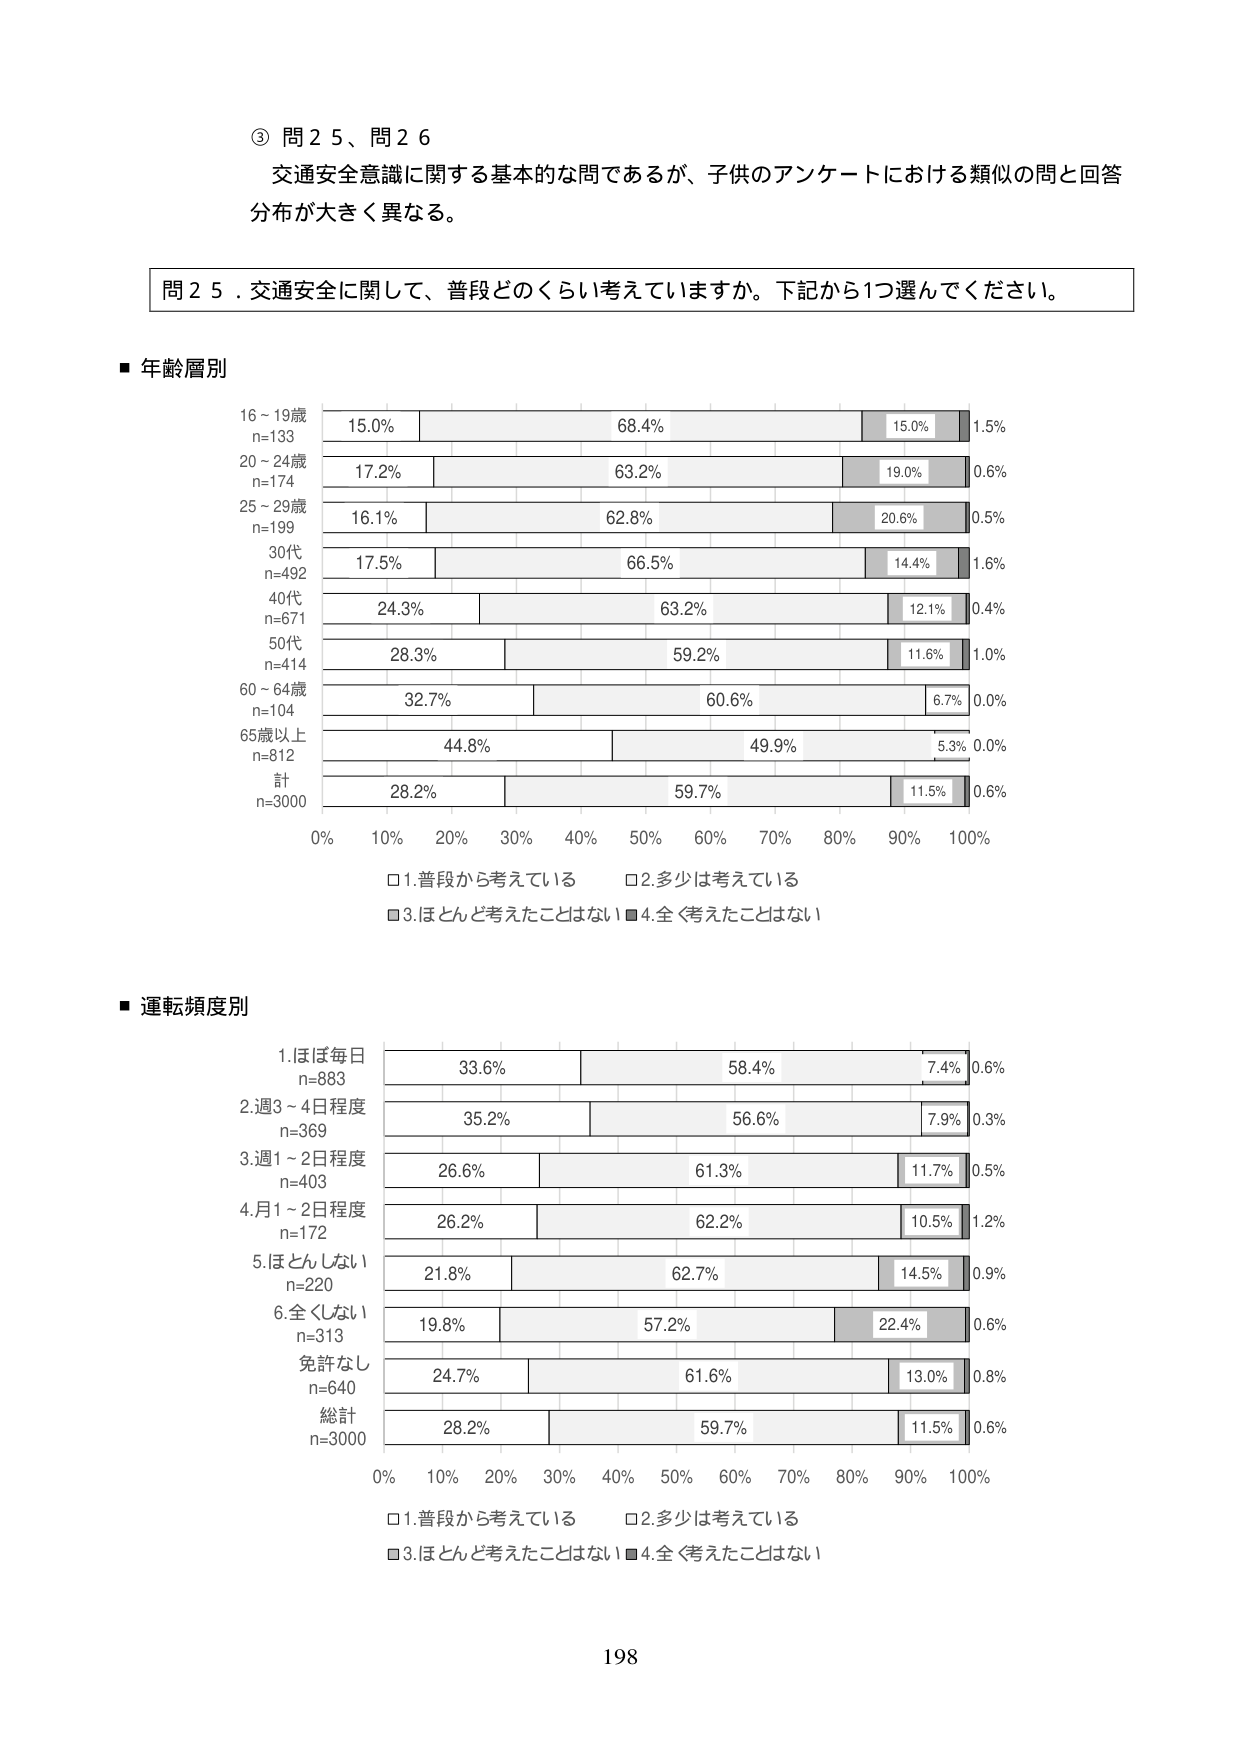
③ 問２５、問２６
交通安全意識に関する基本的な問であるが、子供のアンケートにおける類似の問と回答分布が大きく異なる。

問２５．交通安全に関して、普段どのくらい考えていますか。下記から1つ選んでください。

■ 年齢層別
16～19歳
n=133
15.0%　68.4%　15.0%　1.5%
20～24歳
n=174
17.2%　63.2%　19.0%　0.6%
25～29歳
n=199
16.1%　62.8%　20.6%　0.5%
30代
n=492
17.5%　66.5%　14.4%　1.6%
40代
n=671
24.3%　63.2%　12.1%　0.4%
50代
n=414
28.3%　59.2%　11.6%　1.0%
60～64歳
n=104
32.7%　60.6%　6.7%　0.0%
65歳以上
n=812
44.8%　49.9%　5.3%　0.0%
計
n=3000
28.2%　59.7%　11.5%　0.6%

0%　10%　20%　30%　40%　50%　60%　70%　80%　90%　100%
□1.普段から考えている　□2.多少は考えている
■3.ほとんど考えたことはない　■4.全く考えたことはない

■ 運転頻度別
1.ほぼ毎日
n=883
33.6%　58.4%　7.4%　0.6%
2.週3～4日程度
n=369
35.2%　56.6%　7.9%　0.3%
3.週1～2日程度
n=403
26.6%　61.3%　11.7%　0.5%
4.月1～2日程度
n=172
26.2%　62.2%　10.5%　1.2%
5.ほとんどしない
n=220
21.8%　62.7%　14.5%　0.9%
6.全くしない
n=313
19.8%　57.2%　22.4%　0.6%
免許なし
n=640
24.7%　61.6%　13.0%　0.8%
総計
n=3000
28.2%　59.7%　11.5%　0.6%

0%　10%　20%　30%　40%　50%　60%　70%　80%　90%　100%
□1.普段から考えている　□2.多少は考えている
■3.ほとんど考えたことはない　■4.全く考えたことはない

198